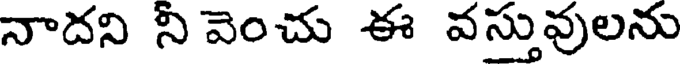
నాదని నీ వెంచు ఈ వస్తువులను